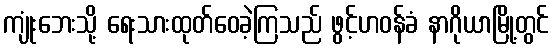
ကျုံးဘေးသို့ ရေးသားထုတ်ဝေခဲ့ကြသည် ဖွင့်ဟဝန်ခံ နာဂိုယာမြို့တွင်